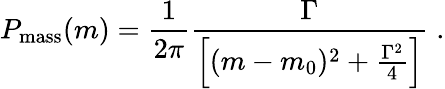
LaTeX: P_{\mathrm{mass}}(m)=\frac{1}{2\pi}\frac{\Gamma}{\left[(m-m_{0})^{2}+\frac{\Gamma^{2}}{4}\right]}\; .